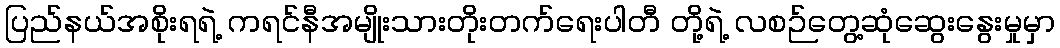
ပြည်နယ်အစိုးရရဲ့ ကရင်နီအမျိုးသားတိုးတက်ရေးပါတီ တို့ရဲ့ လစဉ်တွေ့ဆုံဆွေးနွေးမှုမှာ